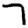
Digit: 7